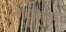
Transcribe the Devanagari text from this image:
गद्यभाषा